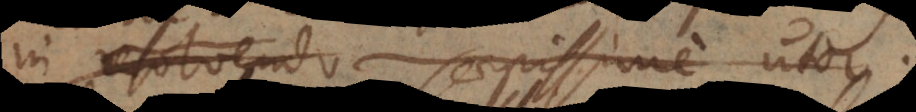
in resolvendo saepissime utor.